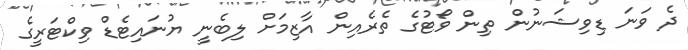
ދެ ވަނަ ޑިވިޝަނުން ތިން ވޯޓުގެ ތެރެއިން އާޒިމަށް ލިބެނީ ޔުނައިޓެޑް ވިކްޓަރީގެ